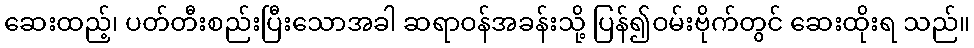
ဆေးထည့်၊ ပတ်တီးစည်းပြီးသောအခါ ဆရာဝန်အခန်းသို့ ပြန်၍ဝမ်းဗိုက်တွင် ဆေးထိုးရ သည်။